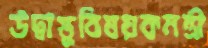
উদ্বাস্তুবিষয়কমন্ত্রী